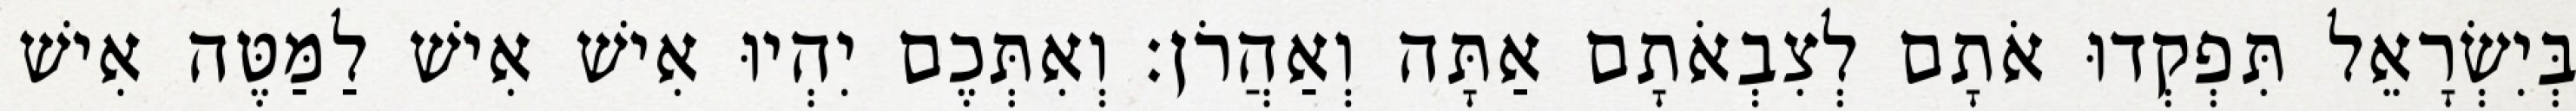
בְּיִשְׂרָאֵל תִּפְקְדוּ אֹתָם לְצִבְאֹתָם אַתָּה וְאַהֲרֹן׃ וְאִתְּכֶם יִהְיוּ אִישׁ אִישׁ לַמַּטֶּה אִישׁ